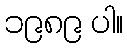
၁၉၈၉ ပါ။